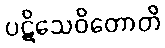
ပဋိသေဝိတောတိ